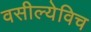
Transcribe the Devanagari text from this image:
वसील्येविच